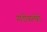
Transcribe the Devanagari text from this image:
गाडीवालेही